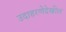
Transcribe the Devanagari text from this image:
उदाहरणेदेखील